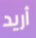
أريد